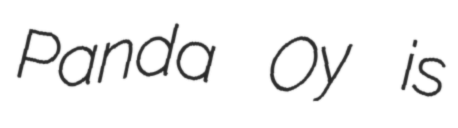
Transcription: Panda Oy is